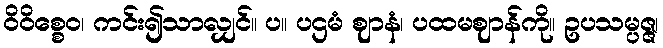
ဝိဝိစ္စေဝ၊ ကင်း၍သာလျှင်။ ပ။ ပဌမံ ဈာနံ၊ ပထမဈာန်ကို။ ဥပသမ္ပဇ္ဇ၊